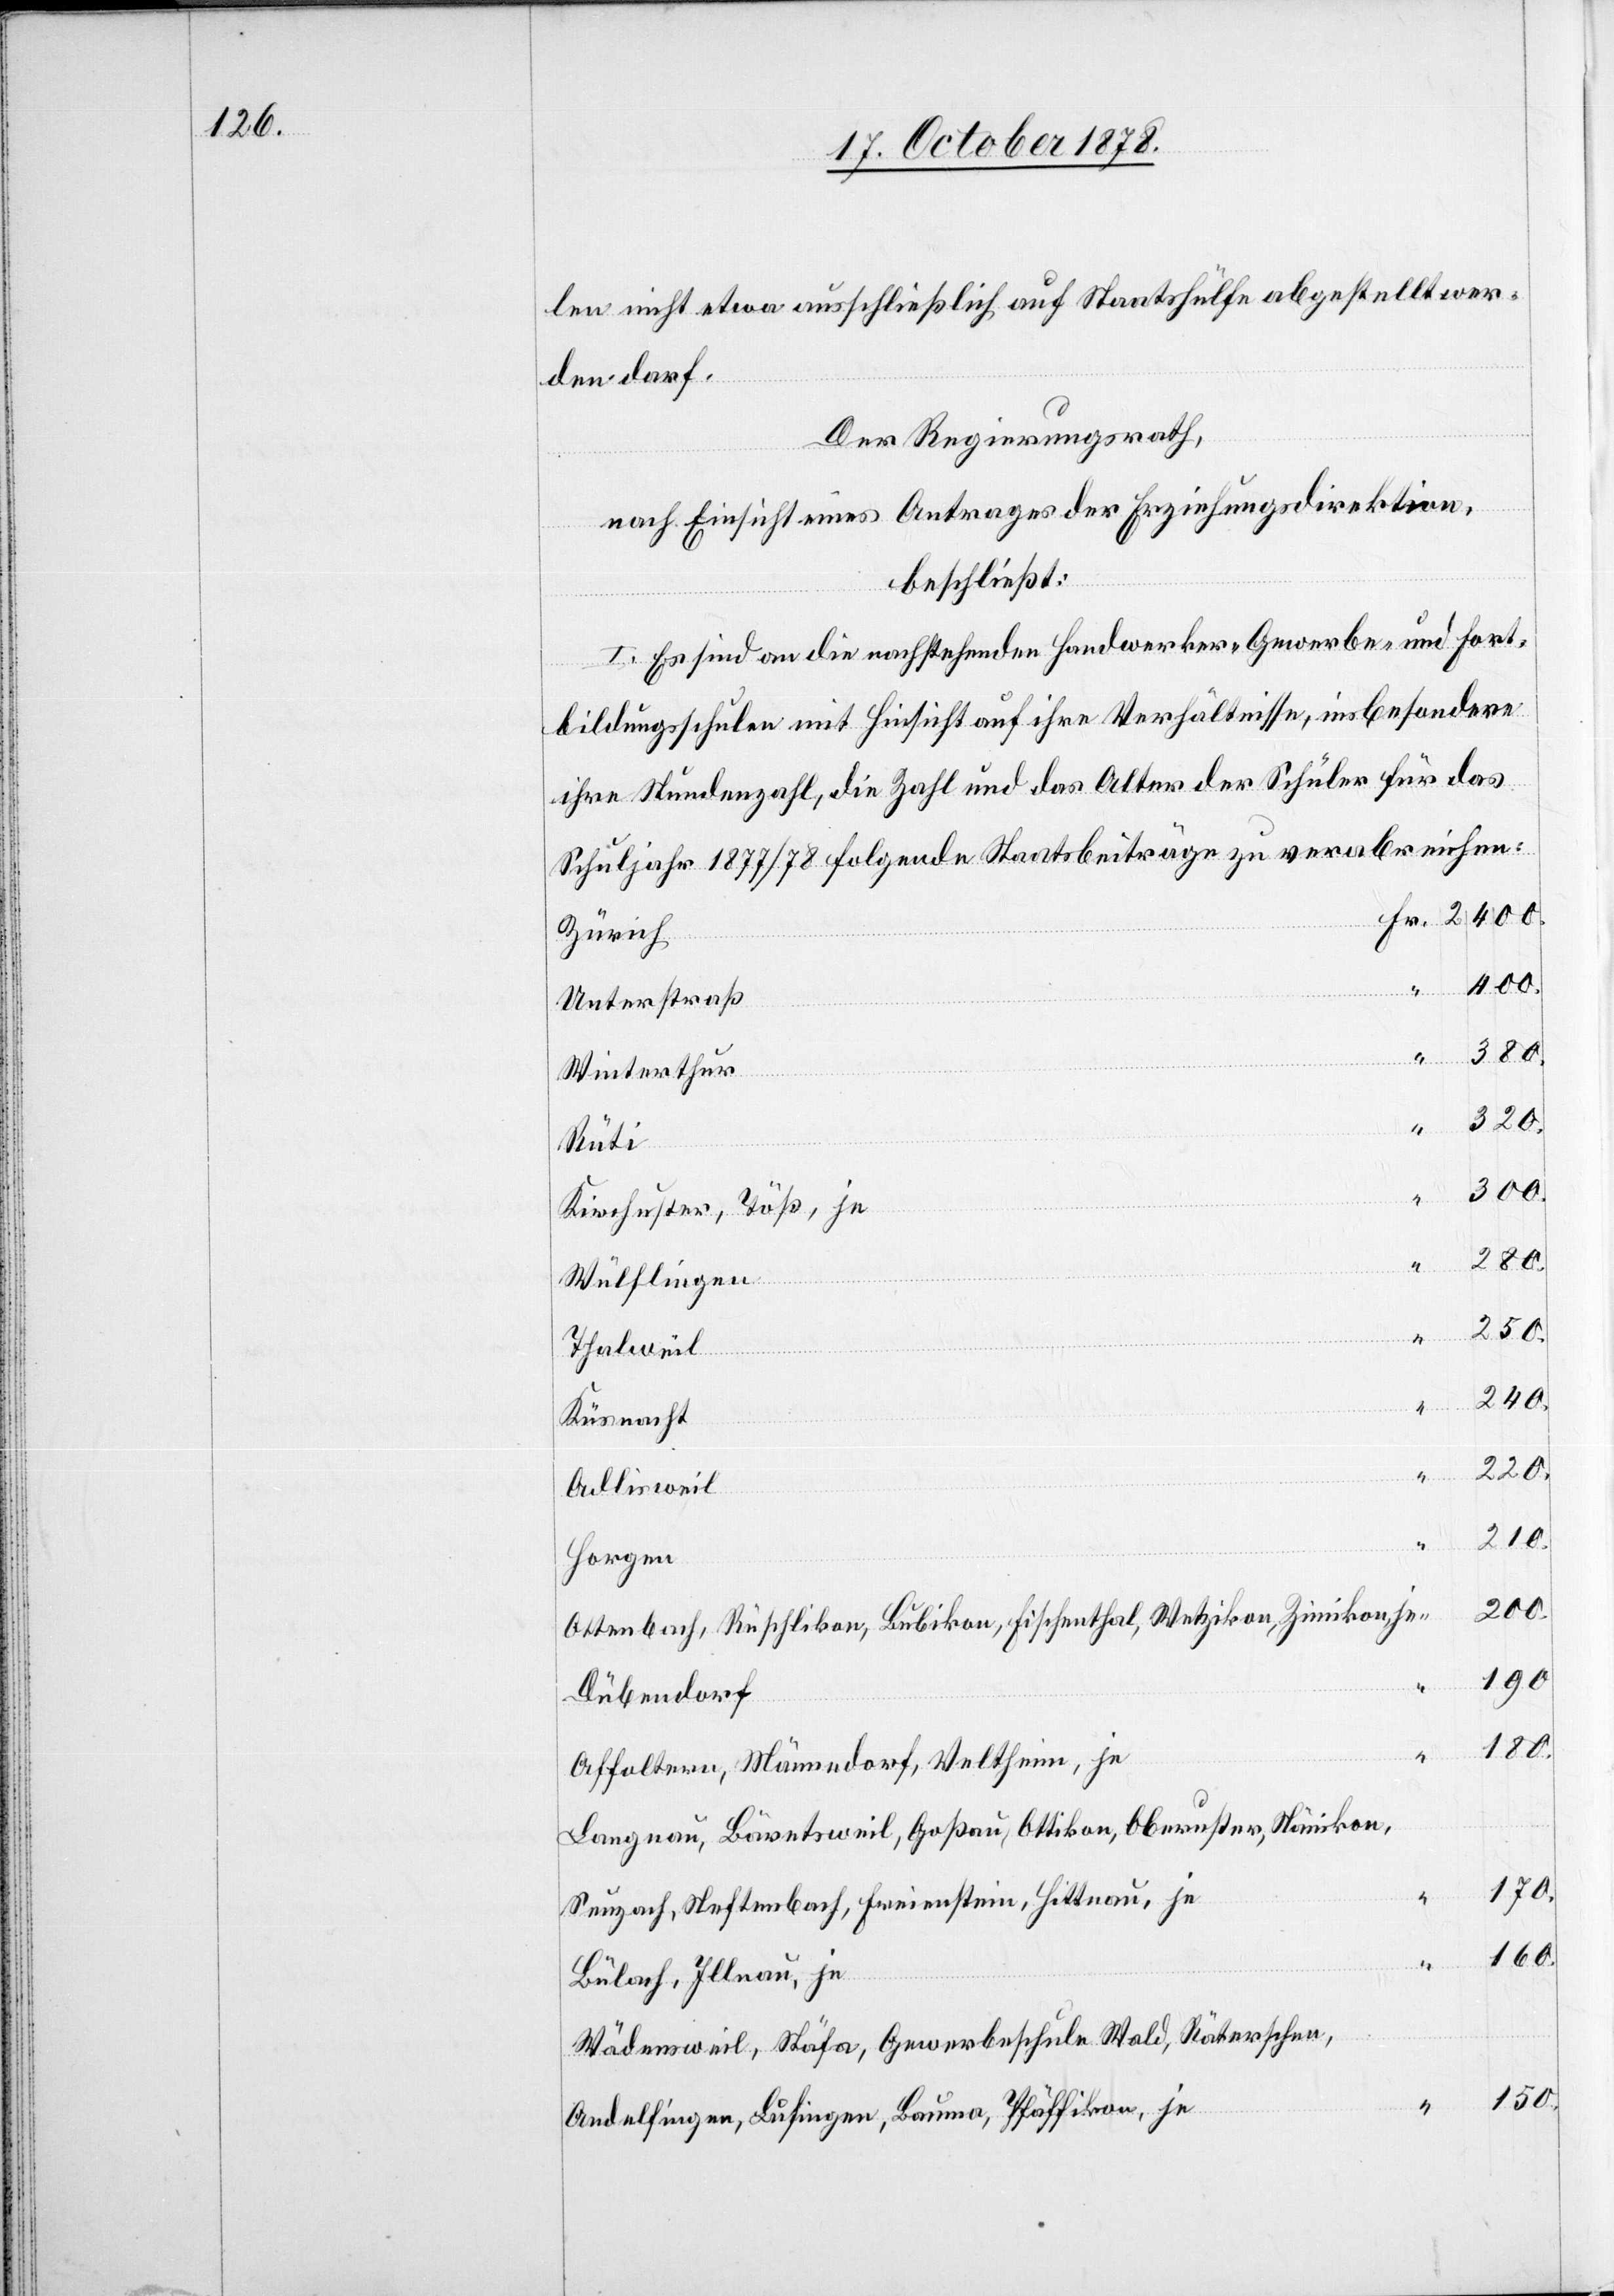
len nicht etwa ausschließlich auf Staatshülfe abgestellt wer¬
den darf.
Der Regierungsrath,
nach Einsicht eines Antrages der Erziehungsdirektion,
beschließt:
I. Es sind die nachstehenden Handwerker-[,] Gewerbe- und Fort¬
Bauma,
bildungsschulen mit Hinsicht auf ihre Verhältnisse, im besondern
ihre Stundenzahl, die Zahl und das Alter der Schüler für das
Schuljahr 1877/78 folgende Staatsbeiträge zu verabreichen:
Zürich
400.
Unterstraß
Winterthur
320.
Hitt¬
Kirchuster, Töß, je
Wülflingen
250.
n,
Thalweil
240.
Küsnacht
Adlisweil
210.
Horgen
200.
Ottenbach, Rüschlikon, Bubikon, Fischenthal, Wetzikon, Zumikon je
190.
Dübendorf
Affoltern, Männedorf, Veltheim, je
Langnau, Bäretsweil, Goßau, Ottikon, Oberuster, Nänikon,
170.
160.
Bülach, Illnau, je
Wädensweil, Stäfa, Gewerbeschule Wald, Räterschen,
150.